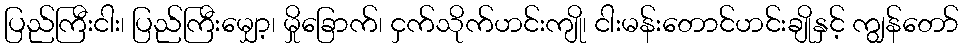
ပြည်ကြီးငါး၊ ပြည်ကြီးမျှော့၊ မှိုခြောက်၊ ငှက်သိုက်ဟင်းကျို၊ ငါးမန်းတောင်ဟင်းချိုနှင့် ကျွန်တော်